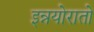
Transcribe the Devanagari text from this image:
इन्नयोरातो